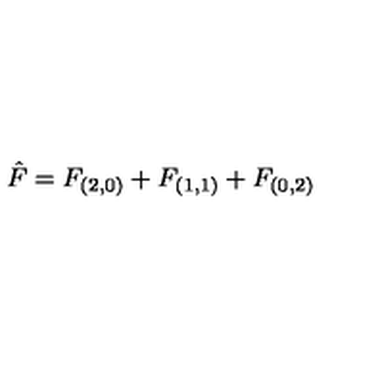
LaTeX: { \hat { F } } = F _ { ( 2 , 0 ) } + F _ { ( 1 , 1 ) } + F _ { ( 0 , 2 ) }